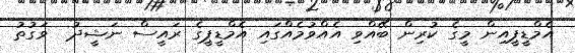
އެމްޑީޕީއިން މީގެ ކުރިން ބޭއްވި އެއްވުމެއްގައި އެމްޑީޕީގެ ރައީސް ނަޝީދު  ވަގުތު